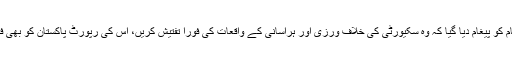
ڈاکٹرمحمد فیصل نے مزید کہا کہ افغان ناظم الامور کے ذریعے افغان حکام کو پیغام دیا گیا کہ وہ سکیورٹی کی خلاف ورزی اور ہراسانی کے واقعات کی فوراً تفتیش کریں، اس کی رپورٹ پاکستان کو بھی فراہم کریں اور اس بات کو یقینی بنائیں کہ مستقبل میں ایسے واقعات نہ ہوں۔